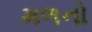
મળનો